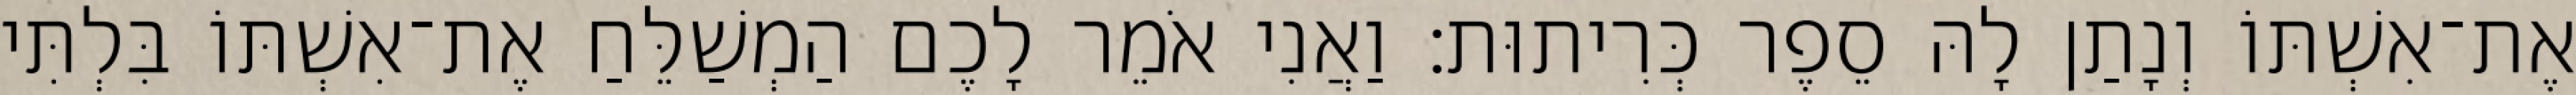
אֶת־אִשְׁתּוֹ וְנָתַן לָהּ סֵפֶר כְּרִיתוּת׃ וַאֲנִי אֹמֵר לָכֶם הַמְשַׁלֵּחַ אֶת־אִשְׁתּוֹ בִּלְתִּי